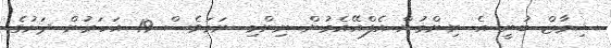
ޝިމާޒް ބުނީ އެ ނިންމުން އެފްއޭއެމުން ނިންމި ނަމަވެސް 19 އަހަރުން ދަށުގެ